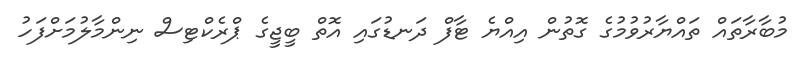
މުބާރާތައް ތައްޔާރުވުމުގެ ގޮތުން އިއްޔެ ޓާފް ދަނޑުގައި އޮތް ބީޖީގެ ޕްރެކްޓިސް ނިންމާލުމަށްފަހު